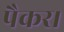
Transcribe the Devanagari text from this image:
पैकर।